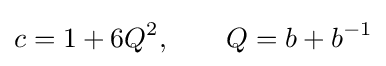
c=1+6Q^{2},\qquad Q=b+b^{-1}